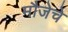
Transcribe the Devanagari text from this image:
मौजेचे